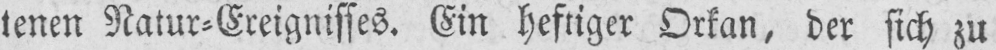
tenen Natur⸗Ereignisses. Ein heftiger Orkan, der sich zu